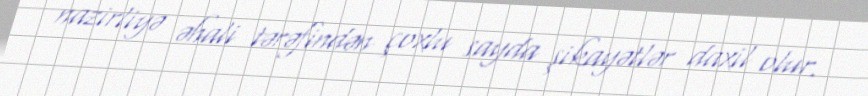
nazirliyə əhali tərəfindən çoxlu sayda şikayətlər daxil olur.